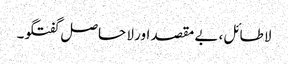
لا طائل، بے مقصد اور لا حاصل گفتگو۔